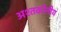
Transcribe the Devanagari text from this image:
अश्तकोनीय